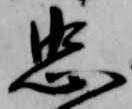
忠